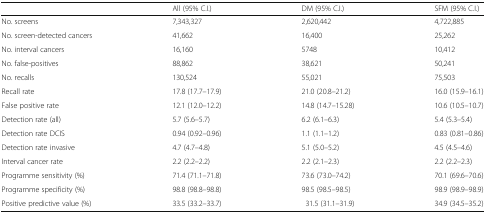
|  | All (95% C.I.) | DM (95% C.I.) | SFM (95% C.I.) |
 | --- | --- | --- | --- |
 | No. screens | 7,343,327 | 2,620,442 | 4,722,885 |
 | No. screen-detected cancers | 41,662 | 16,400 | 25,262 |
 | No. interval cancers | 16,160 | 5748 | 10,412 |
 | No. false-positives | 88,862 | 38,621 | 50,241 |
 | No. recalls | 130,524 | 55,021 | 75,503 |
 | Recall rate | 17.8 (17.7–17.9) | 21.0 (20.8–21.2) | 16.0 (15.9–16.1) |
 | False positive rate | 12.1 (12.0–12.2) | 14.8 (14.7–15.28) | 10.6 (10.5–10.7) |
 | Detection rate (all) | 5.7 (5.6–5.7) | 6.2 (6.1–6.3) | 5.4 (5.3–5.4) |
 | Detection rate DCIS | 0.94 (0.92–0.96) | 1.1 (1.1–1.2) | 0.83 (0.81–0.86) |
 | Detection rate invasive | 4.7 (4.7–4.8) | 5.1 (5.0–5.2) | 4.5 (4.5–4.6) |
 | Interval cancer rate | 2.2 (2.2–2.2) | 2.2 (2.1–2.3) | 2.2 (2.2–2.3) |
 | Programme sensitivity (%) | 71.4 (71.1–71.8) | 73.6 (73.0–74.2) | 70.1 (69.6–70.6) |
 | Programme specificity (%) | 98.8 (98.8–98.8) | 98.5 (98.5–98.5) | 98.9 (98.9–98.9) |
 | Positive predictive value (%) | 33.5 (33.2–33.7) | 31.5 (31.1–31.9) | 34.9 (34.5–35.2) |